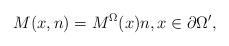
LaTeX: \begin{align*} M(x,n) = M^\Omega (x) n, x \in \partial \Omega',\end{align*}